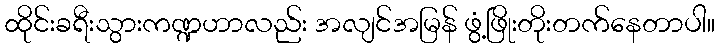
ထိုင်းခရီးသွားကဏ္ဍဟာလည်း အလျင်အမြန် ဖွံ့ဖြိုးတိုးတက်နေတာပါ။